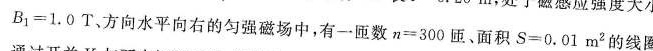
B1=1.0T.方向水平向右的匀强磁场中，有一匝数n=300匝、面积S=0.01m2的线圈